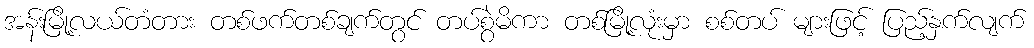
အန်းမြို့လယ်တံတား တစ်ဖက်တစ်ချက်တွင် တပ်စွဲမိကာ တစ်မြို့လုံးမှာ စစ်တပ် များဖြင့် ပြည့်နှက်လျက်